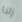
زلنا